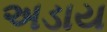
અડાય